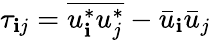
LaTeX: \tau_{\mathbf{i}j}=\overline{{{u_{\mathbf{i}}^{*}u_{j}^{*}}}}-\bar{{u}}_{\mathbf{i}}\bar{{u}}_{j}